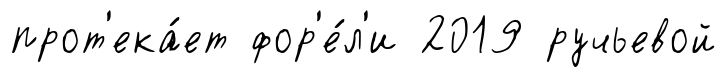
прот'ека́ет фор'е́л'и 2019 ручьевой